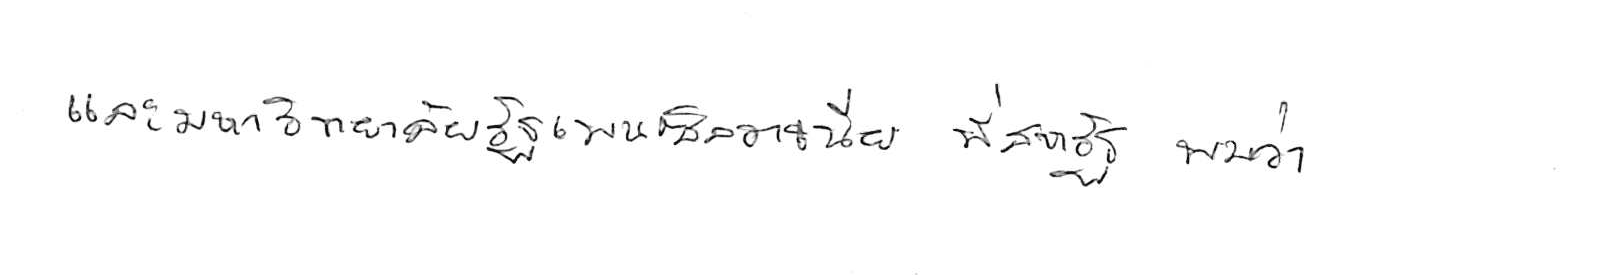
และมหาวิทยาลัยรัฐเพนซิลวาเนีย ที่สหรัฐ พบว่า